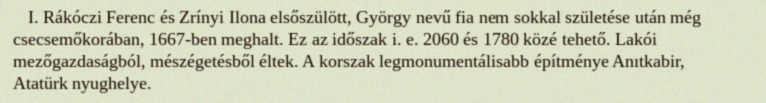
I. Rákóczi Ferenc és Zrínyi Ilona elsőszülött, György nevű fia nem sokkal születése után még csecsemőkorában, 1667-ben meghalt. Ez az időszak i. e. 2060 és 1780 közé tehető. Lakói mezőgazdaságból, mészégetésből éltek. A korszak legmonumentálisabb építménye Anıtkabir, Atatürk nyughelye.